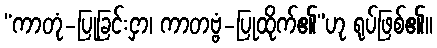
“ကာတုံ-ပြုခြင်းငှာ၊ ကာတဗ္ဗံ-ပြုထိုက်၏”ဟု ရုပ်ဖြစ်၏။